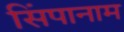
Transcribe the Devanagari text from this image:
सिंपानाम